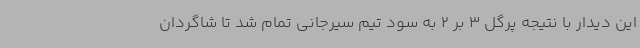
این دیدار با نتیجه پرگل 3 بر 2 به سود تیم سیرجانی تمام شد تا شاگردان